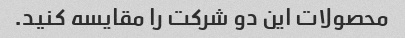
محصولات این دو شرکت را مقایسه کنید.